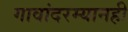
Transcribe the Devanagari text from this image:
गावांदरम्यानही